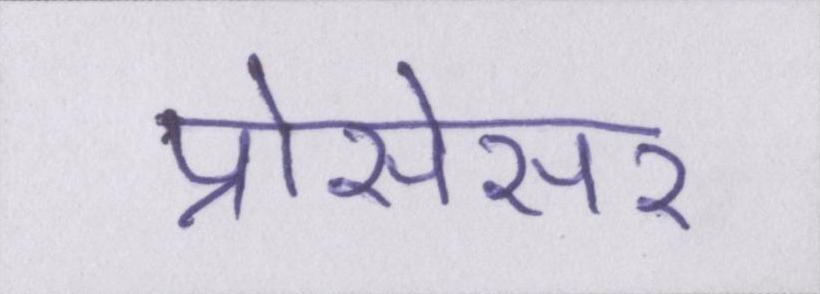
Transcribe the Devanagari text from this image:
प्रोसेसर